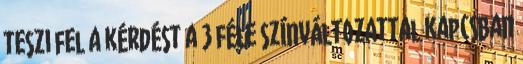
teszi fel a kérdést a 3 féle színváltozattal kapcsban